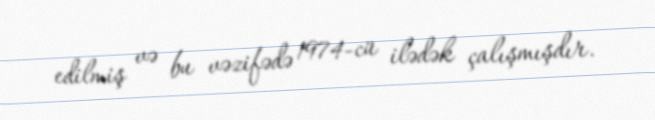
edilmiş və bu vəzifədə 1974-cü ilədək çalışmışdır.